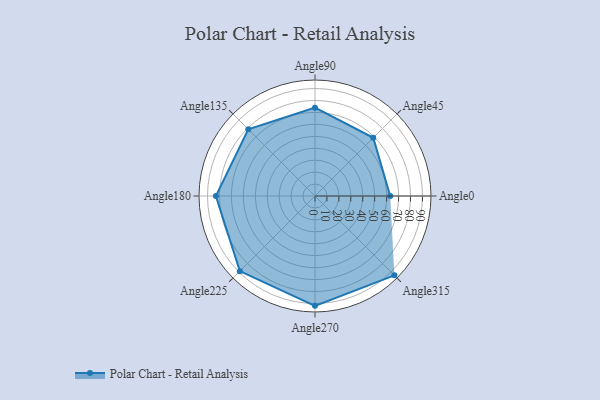
{"axis": {"x": "Angle", "y": "Radius"}, "legend": [""], "data": [{"x": "Angle0", "y": 63.0, "type": ""}, {"x": "Angle45", "y": 69.0, "type": ""}, {"x": "Angle90", "y": 74.0, "type": ""}, {"x": "Angle135", "y": 79.0, "type": ""}, {"x": "Angle180", "y": 83.0, "type": ""}, {"x": "Angle225", "y": 89.0, "type": ""}, {"x": "Angle270", "y": 92.0, "type": ""}, {"x": "Angle315", "y": 94.0, "type": ""}]}